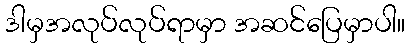
ဒါမှအလုပ်လုပ်ရာမှာ အဆင်ပြေမှာပါ။